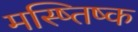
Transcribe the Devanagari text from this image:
मस्ष्तिष्क